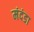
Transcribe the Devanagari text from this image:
मंदंडा